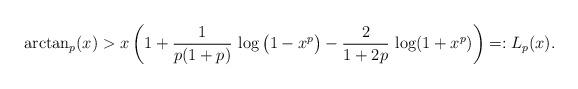
LaTeX: \begin{align*} {\rm arctan}_p(x) > x \left( 1 + \frac1{p(1+p)}\, \log\big(1-x^p\big) - \frac2{1+2p}\, \log(1+x^p)\right) =: L_p(x). \end{align*}